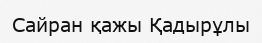
Сайран қажы Қадырұлы